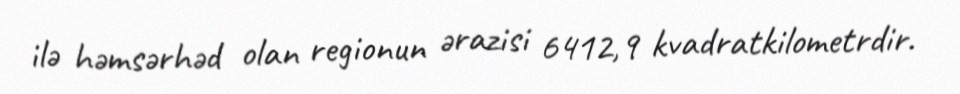
ilə həmsərhəd olan regionun ərazisi 6412,9 kvadratkilometrdir.